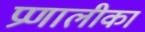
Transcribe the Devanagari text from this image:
प्रणालीका